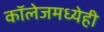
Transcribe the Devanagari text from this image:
कॉलेजमध्येही